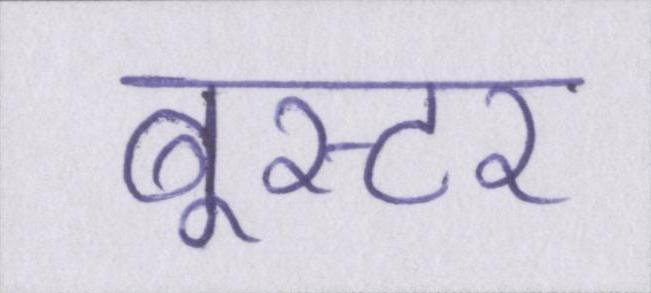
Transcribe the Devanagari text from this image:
बूस्टर